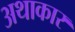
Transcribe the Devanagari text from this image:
अथाकार